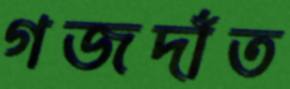
গজদাঁত